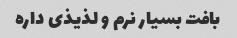
بافت بسیار نرم و لذیذی داره